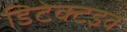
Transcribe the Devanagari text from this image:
डिटेक्टइव